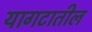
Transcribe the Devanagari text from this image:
यागटातील